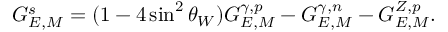
G _ { E , M } ^ { s } = ( 1 - 4 \sin ^ { 2 } \theta _ { W } ) G _ { E , M } ^ { \gamma , p } - G _ { E , M } ^ { \gamma , n } - G _ { E , M } ^ { Z , p } .